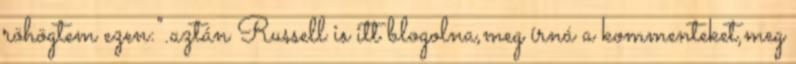
röhögtem ezen:".aztán Russell is itt blogolna,meg írná a kommenteket,meg